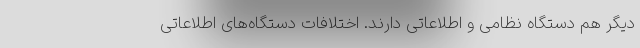
دیگر هم دستگاه نظامی و اطلاعاتی دارند. اختلافات دستگاه‌های اطلاعاتی